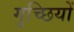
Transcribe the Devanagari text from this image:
गुच्छियों